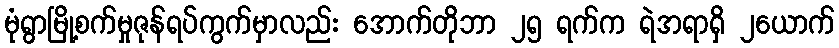
မုံရွာမြို့စက်မှုဇုန်ရပ်ကွက်မှာလည်း အောက်တိုဘာ ၂၅ ရက်က ရဲအရာရှိ ၂ယောက်